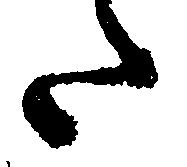
た